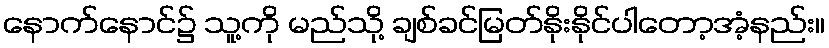
နောက်နောင်၌ သူ့ကို မည်သို့ ချစ်ခင်မြတ်နိုးနိုင်ပါတော့အံ့နည်း။